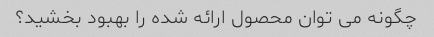
چگونه می توان محصول ارائه شده را بهبود بخشید؟